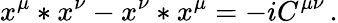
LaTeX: x^{\mu}*x^{\nu}-x^{\nu}*x^{\mu}=-iC^{\mu\nu}\, .